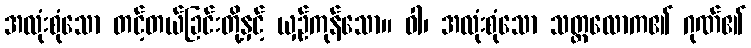
အလုံးစုံသော တင့်တယ်ခြင်းတို့နှင့် ယှဉ်ကုန်သော။ ဝါ၊ အလုံးစုံသော သတ္တလောက၏ ဂုဏ်၏